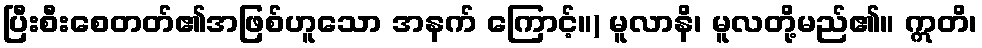
ပြီးစီးစေတတ်၏အဖြစ်ဟူသော အနက် ကြောင့်။) မူလာနိ၊ မူလတို့မည်၏။ ဣတိ၊